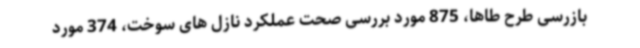
بازرسی طرح طاها، 875 مورد بررسی صحت عملکرد نازل های سوخت، 374 مورد